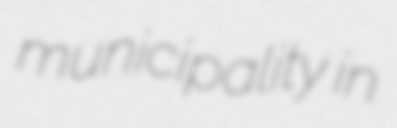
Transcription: municipality  in